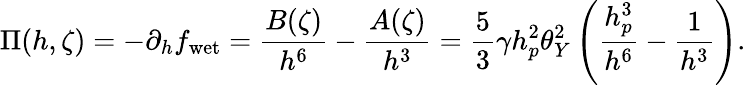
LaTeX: \Pi(h,\zeta)=-\partial_{h}f_{\mathrm{wet}}=\frac{B(\zeta)}{h^{6}}-\frac{A(\zeta)}{h^{3}}=\frac{5}{3}\gamma h_{p}^{2}\theta_{Y}^{2}\left(\frac{h_{p}^{3}}{h^{6}}-\frac{1}{h^{3}}\right).